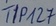
Text: Tip127